Annual statistical returns and brief notes on vaccination in Bengal - 1909-1929
Year: 1909
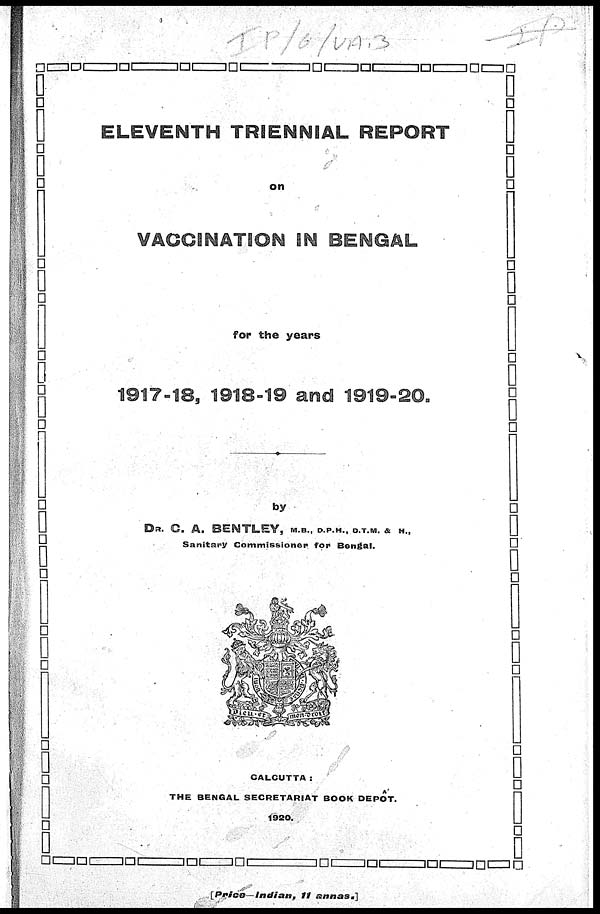
ELEVENTH TRIENNIAL REPORT
on
VACCINATION IN BENGAL
for the years
1917-18, 1918-19 and 1919-20.
by
DR. C. A. BENTLEY, M.B., D.P.H., D.T.M. & H.,
Sanitary Commissioner for Bengal.
CALCUTTA:
THE BENGAL SECRETARIAT BOOK DEPÔT.
1920
[Price—Indian,
it
annas.]